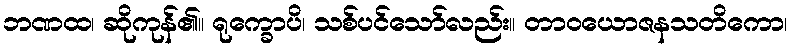
ဘဏထ၊ ဆိုကုန်၏။ ရုက္ခောပိ၊ သစ်ပင်သော်လည်း။ တာဝယောဇနသတိကော၊